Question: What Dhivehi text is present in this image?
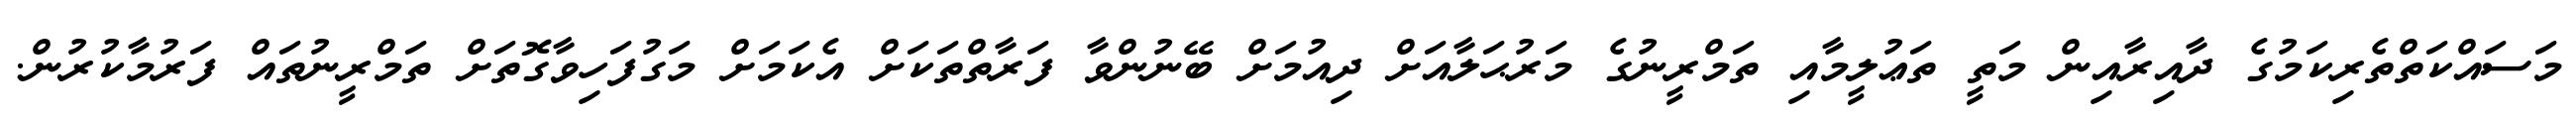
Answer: މަސައްކަތްތެރިކަމުގެ ދާއިރާއިން މަތީ ތަޢުލީމާއި ތަމްރީނުގެ މަރުޙަލާއަށް ދިއުމަށް ބޭނުންވާ ފަރާތްތަކަށް އެކަމަށް މަގުފަހިވާގޮތަށް ތަމްރީނުތައް ފަރުމާކުރުން.